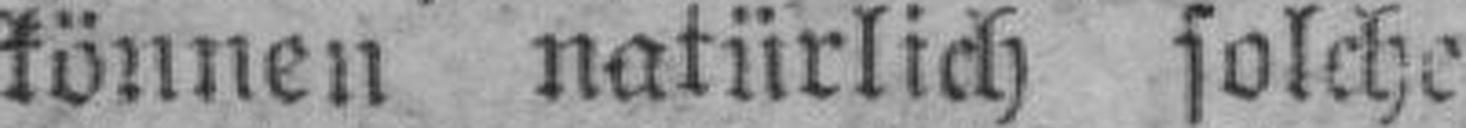
können natürlich solche